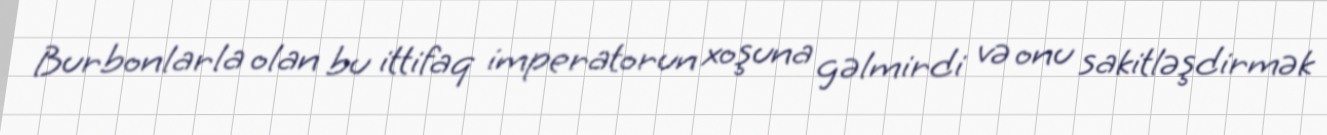
Burbonlarla olan bu ittifaq imperatorun xoşuna gəlmirdi və onu sakitləşdirmək